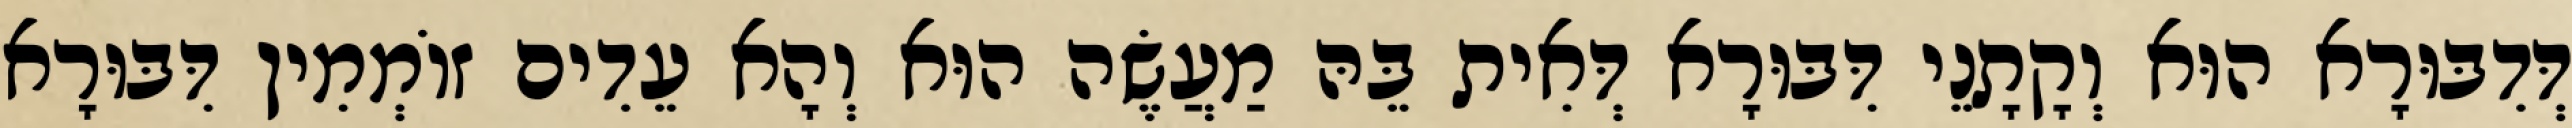
דְּדִבּוּרָא הוּא וְקָתָנֵי דִּבּוּרָא דְּאִית בֵּהּ מַעֲשֶׂה הוּא וְהָא עֵדִים זוֹמְמִין דִּבּוּרָא